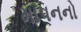
માપનનો